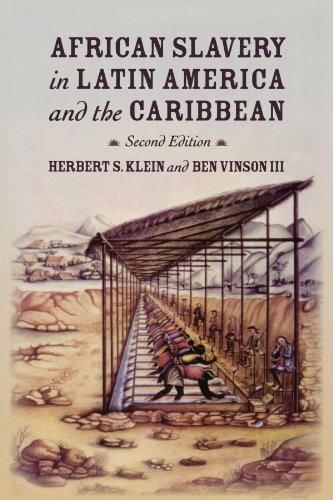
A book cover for African Slavery in Latin America and the Caribbean; Herbert S. Klein; History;